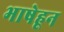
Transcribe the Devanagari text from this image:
भाषेहून